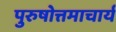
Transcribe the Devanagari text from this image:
पुरुषोत्तमाचार्य